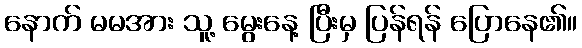
နောက် မမအား သူ့ မွေးနေ့ ပြီးမှ ပြန်ရန် ပြောနေ၏။